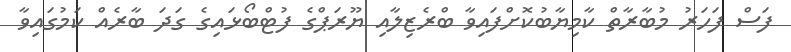
ފަސް ފަހަރު މުބާރާތް ކާމިޔާބުކޮށްފައިވާ ބްރެޒިލާއި ޔޫރަޕްގެ ފުޓްބޯޅައިގެ ގަދަ ބާރެއް ކަމުގައިވާ